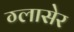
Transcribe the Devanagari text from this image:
ग्लासेर